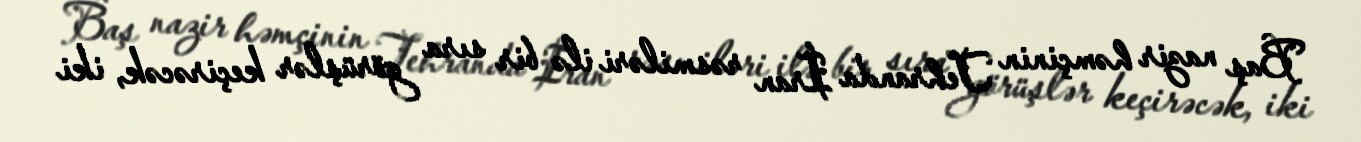
Baş nazir həmçinin Tehranda İran rəsmiləri ilə bir sıra görüşlər keçirəcək, iki